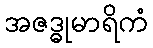
အဇဒ္ဓုမာရိကံ